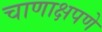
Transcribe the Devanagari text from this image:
चाणाक्षपणे